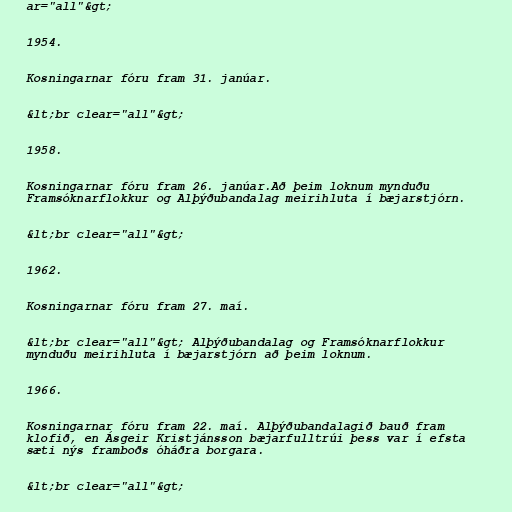
ar="all"&gt;

1954.

Kosningarnar fóru fram 31. janúar.

&lt;br clear="all"&gt;

1958.

Kosningarnar fóru fram 26. janúar.Að þeim loknum mynduðu
Framsóknarflokkur og Alþýðubandalag meirihluta í bæjarstjórn.

&lt;br clear="all"&gt;

1962.

Kosningarnar fóru fram 27. maí.

&lt;br clear="all"&gt; Alþýðubandalag og Framsóknarflokkur
mynduðu meirihluta í bæjarstjórn að þeim loknum.

1966.

Kosningarnar fóru fram 22. maí. Alþýðubandalagið bauð fram
klofið, en Ásgeir Kristjánsson bæjarfulltrúi þess var í efsta
sæti nýs framboðs óháðra borgara.

&lt;br clear="all"&gt;